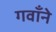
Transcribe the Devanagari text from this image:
गवाँने